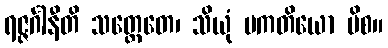
ရဇ္ဇင်္ဂါနီတိ သတ္တေတေ၊ သိယုံ ပကတိယော ပိစ။